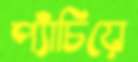
প্যাঁচিয়ে